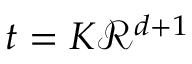
\textstyle t = K { \mathcal { R } } ^ { d + 1 }